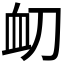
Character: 𮕝